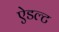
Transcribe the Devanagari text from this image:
ऐडल्ट